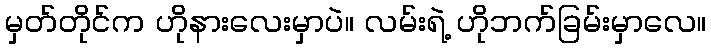
မှတ်တိုင်က ဟိုနားလေးမှာပဲ။ လမ်းရဲ့ ဟိုဘက်ခြမ်းမှာလေ။